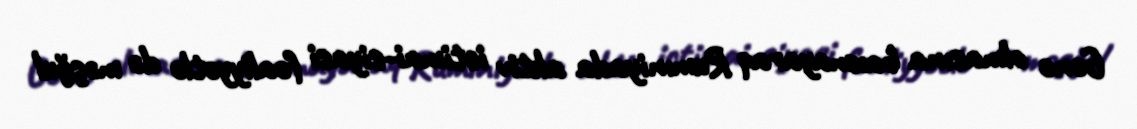
Gənc olmasına baxmayaraq Rumıniyada aktiv ictimai-siyasi fəaliyyətlə də məşğul